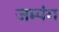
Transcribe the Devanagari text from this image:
जम्पंग